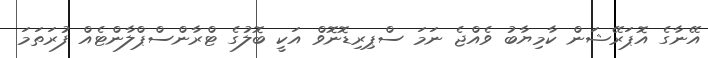
އޭނާގެ އޮޕަރޭޝަން ކާމިޔާބު ވެއްޖެ ނަމަ ސްޕިރިޑޮނޮވް އަކީ ބޮލުގެ ޓްރާންސްޕްލާންޓެއް ފުރަތަމަ